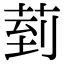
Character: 菿